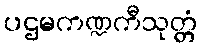
ပဌမကဏ္ဍကီသုတ္တံ